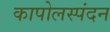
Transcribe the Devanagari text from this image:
कापोलस्पंदन